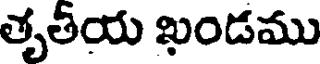
తృతీయ ఖండము